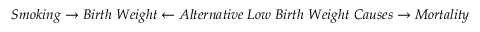
S m o k i n g \rightarrow B i r t h \; W e i g h t \leftarrow A l t e r n a t i v e \; L o w \; B i r t h \; W e i g h t \; C a u s e s \rightarrow M o r t a l i t y